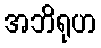
အဘိရုဟ